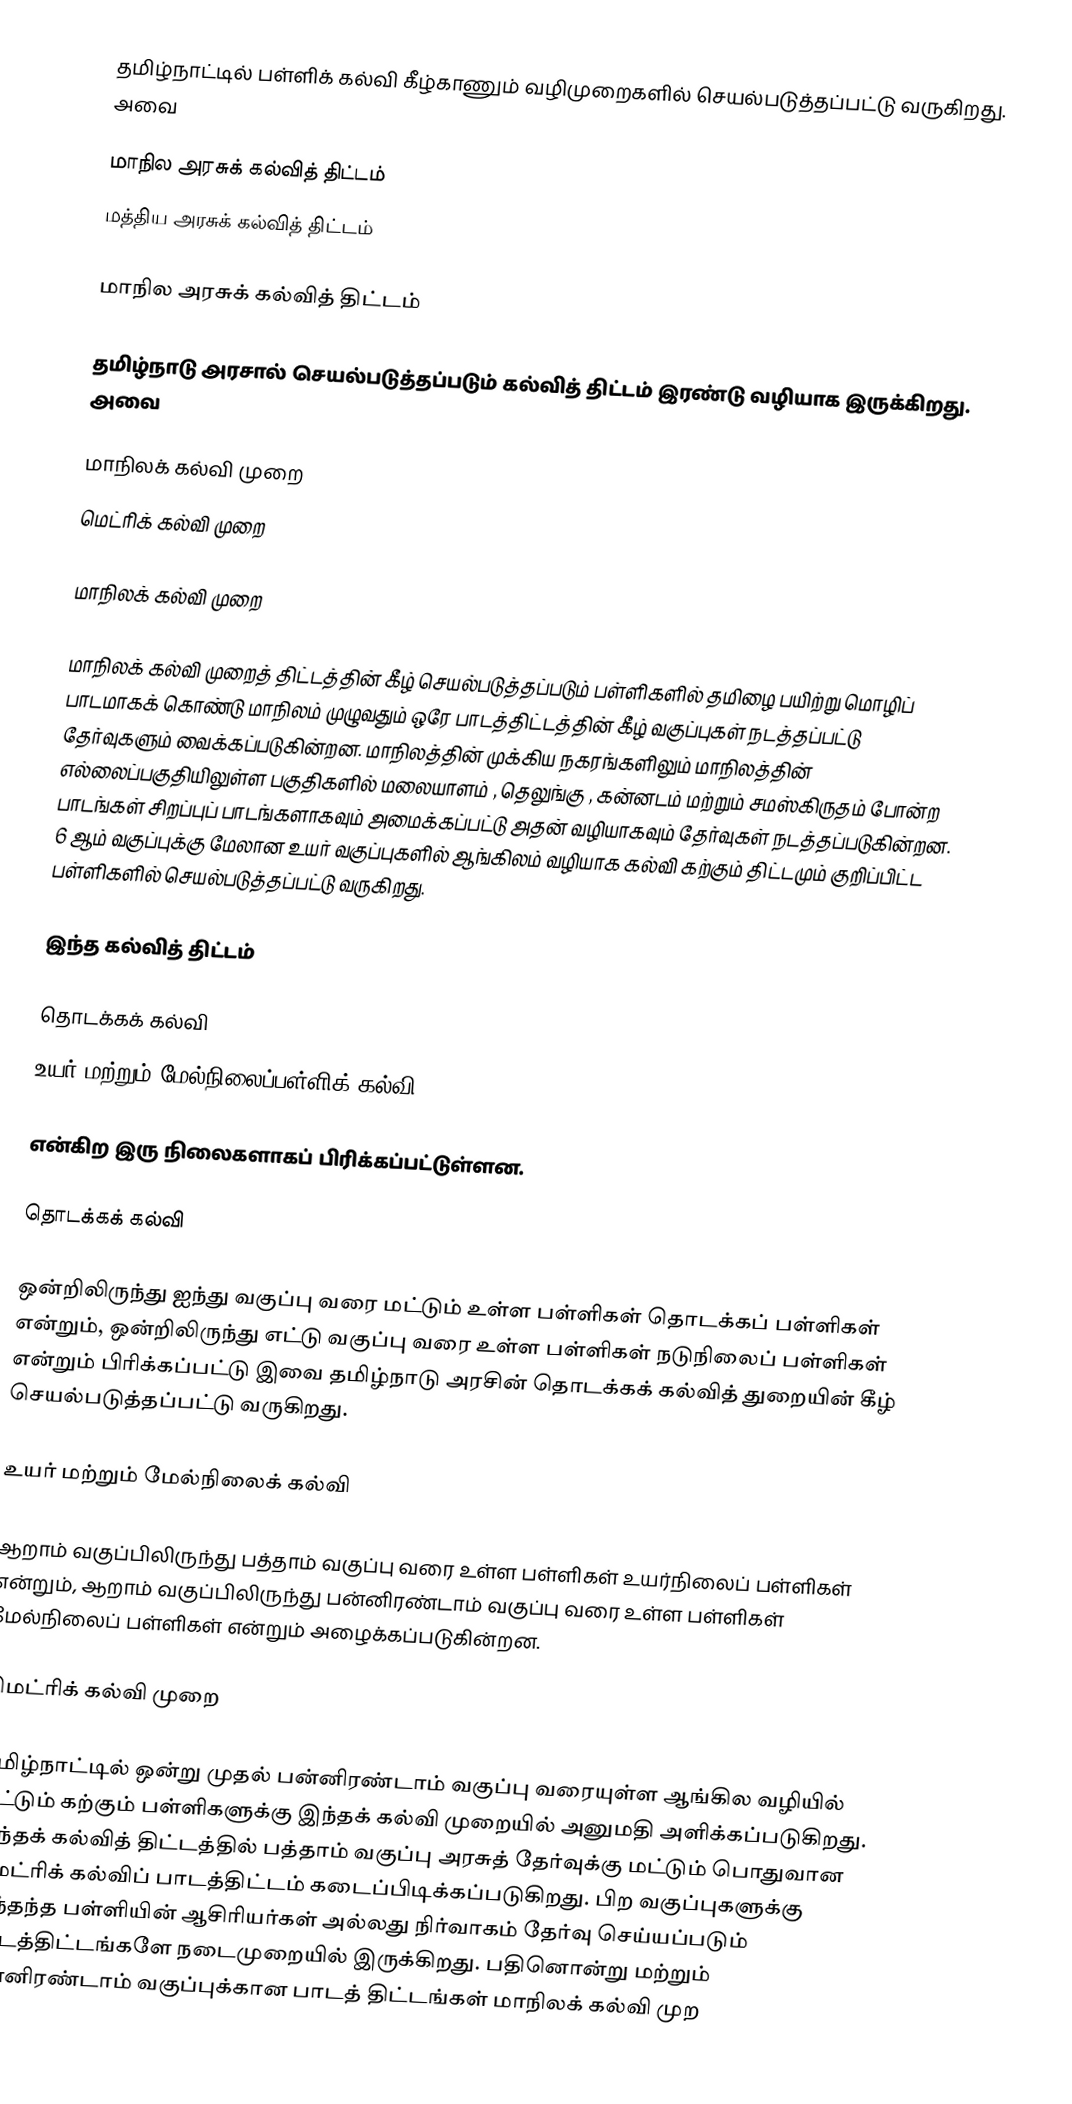
தமிழ்நாட்டில் பள்ளிக் கல்வி கீழ்காணும் வழிமுறைகளில் செயல்படுத்தப்பட்டு வருகிறது. அவை

மாநில அரசுக் கல்வித் திட்டம்
மத்திய அரசுக் கல்வித் திட்டம்

மாநில அரசுக் கல்வித் திட்டம்

தமிழ்நாடு அரசால் செயல்படுத்தப்படும் கல்வித் திட்டம் இரண்டு வழியாக இருக்கிறது. அவை

மாநிலக் கல்வி முறை
மெட்ரிக் கல்வி முறை

மாநிலக் கல்வி முறை

மாநிலக் கல்வி முறைத் திட்டத்தின் கீழ் செயல்படுத்தப்படும் பள்ளிகளில் தமிழை பயிற்று மொழிப் பாடமாகக் கொண்டு மாநிலம் முழுவதும் ஒரே பாடத்திட்டத்தின் கீழ் வகுப்புகள் நடத்தப்பட்டு தேர்வுகளும் வைக்கப்படுகின்றன. மாநிலத்தின் முக்கிய நகரங்களிலும் மாநிலத்தின் எல்லைப்பகுதியிலுள்ள பகுதிகளில் மலையாளம் , தெலுங்கு , கன்னடம்  மற்றும் சமஸ்கிருதம்  போன்ற பாடங்கள் சிறப்புப் பாடங்களாகவும் அமைக்கப்பட்டு அதன் வழியாகவும் தேர்வுகள் நடத்தப்படுகின்றன. 6 ஆம் வகுப்புக்கு மேலான உயர் வகுப்புகளில் ஆங்கிலம் வழியாக கல்வி கற்கும் திட்டமும் குறிப்பிட்ட பள்ளிகளில் செயல்படுத்தப்பட்டு வருகிறது.

இந்த கல்வித் திட்டம்

தொடக்கக் கல்வி
உயர் மற்றும் மேல்நிலைப்பள்ளிக் கல்வி

என்கிற இரு நிலைகளாகப் பிரிக்கப்பட்டுள்ளன.

தொடக்கக் கல்வி

ஒன்றிலிருந்து ஐந்து வகுப்பு வரை மட்டும் உள்ள பள்ளிகள் தொடக்கப் பள்ளிகள் என்றும், ஒன்றிலிருந்து எட்டு வகுப்பு வரை உள்ள பள்ளிகள் நடுநிலைப் பள்ளிகள் என்றும் பிரிக்கப்பட்டு இவை தமிழ்நாடு அரசின் தொடக்கக் கல்வித் துறையின் கீழ் செயல்படுத்தப்பட்டு வருகிறது.

உயர் மற்றும் மேல்நிலைக் கல்வி

ஆறாம் வகுப்பிலிருந்து பத்தாம் வகுப்பு வரை உள்ள பள்ளிகள் உயர்நிலைப் பள்ளிகள் என்றும், ஆறாம் வகுப்பிலிருந்து பன்னிரண்டாம் வகுப்பு வரை உள்ள பள்ளிகள் மேல்நிலைப் பள்ளிகள் என்றும் அழைக்கப்படுகின்றன.

மெட்ரிக் கல்வி முறை

தமிழ்நாட்டில் ஒன்று முதல் பன்னிரண்டாம் வகுப்பு வரையுள்ள ஆங்கில வழியில் மட்டும் கற்கும் பள்ளிகளுக்கு இந்தக் கல்வி முறையில் அனுமதி அளிக்கப்படுகிறது. இந்தக் கல்வித் திட்டத்தில் பத்தாம் வகுப்பு அரசுத் தேர்வுக்கு மட்டும் பொதுவான மெட்ரிக் கல்விப் பாடத்திட்டம் கடைப்பிடிக்கப்படுகிறது. பிற வகுப்புகளுக்கு அந்தந்த பள்ளியின் ஆசிரியர்கள் அல்லது நிர்வாகம் தேர்வு செய்யப்படும் பாடத்திட்டங்களே நடைமுறையில் இருக்கிறது. பதினொன்று மற்றும் பன்னிரண்டாம் வகுப்புக்கான பாடத் திட்டங்கள் மாநிலக் கல்வி முற